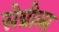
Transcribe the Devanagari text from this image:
सेग्रीला